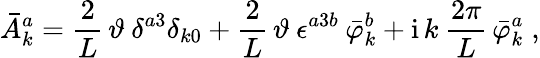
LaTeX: \bar{A}_{k}^{a}=\frac{2}{L}\, \vartheta\: \delta^{a3}\delta_{k0}+\frac{2}{L}\, \vartheta\: \epsilon^{a3b}\: \bar{\varphi}_{k}^{b}+\mathrm{i}\, k\: \frac{2\pi}{L}\, \bar{\varphi}_{k}^{a}\; ,